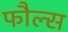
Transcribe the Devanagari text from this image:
फौल्स